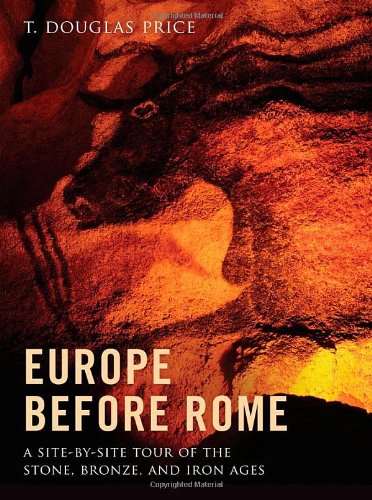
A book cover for Europe before Rome: A Site-by-Site Tour of the Stone, Bronze, and Iron Ages; T. Douglas Price; History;